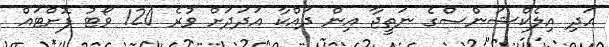
އަދި އިލެކްޝަންސްގެ ނަތީޖާ އިން ދައްކާ އަދަދަށް ވުރެ 120 ވޯޓު ފޮށްޓައް